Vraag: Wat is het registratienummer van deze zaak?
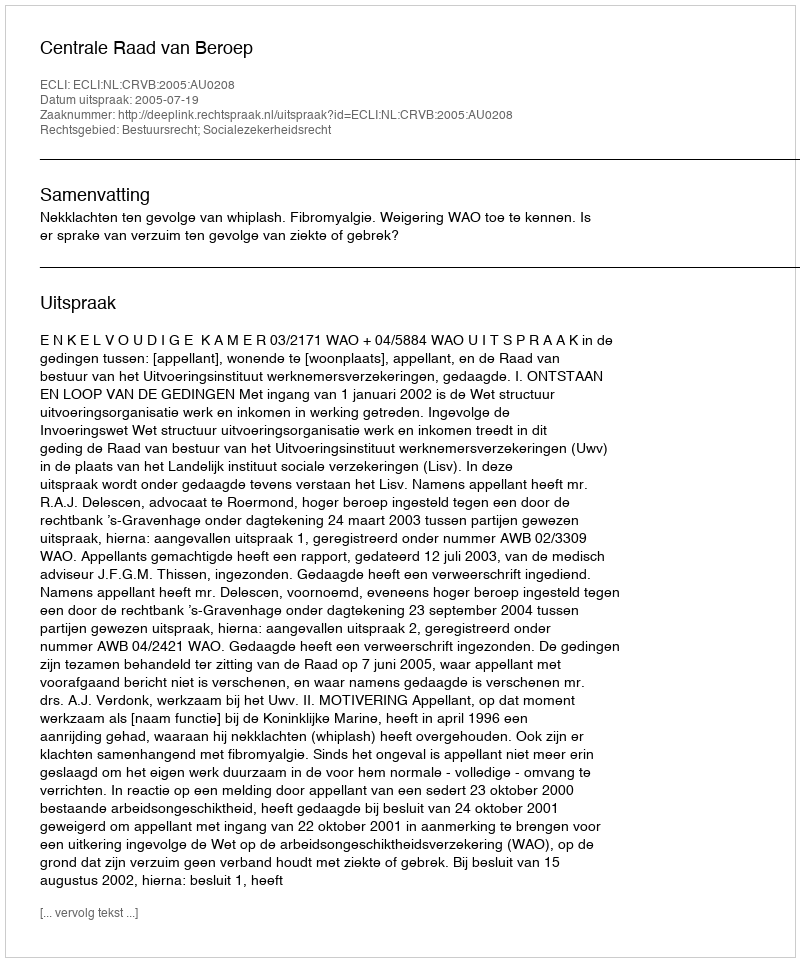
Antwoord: http://deeplink.rechtspraak.nl/uitspraak?id=ECLI:NL:CRVB:2005:AU0208